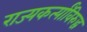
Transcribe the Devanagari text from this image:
राज्यकर्त्यांविरुद्ध